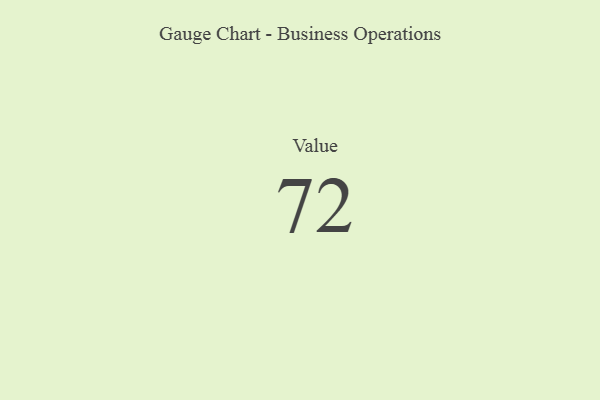
{"axis": {"x": "Metric", "y": "Value"}, "legend": [""], "data": [{"x": "Value", "y": 72, "type": ""}]}